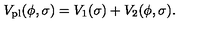
V _ { \mathrm { p l } } ( \phi , \sigma ) = V _ { 1 } ( \sigma ) + V _ { 2 } ( \phi , \sigma ) .